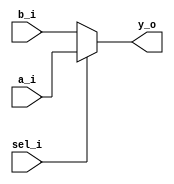


module day1 (y_o,a_i,b_i,sel_i);
  input   [7:0]a_i,b_i;
  input   sel_i;
  output  [7:0]y_o;



  assign y_o = sel_i ? a_i : b_i;

endmodule